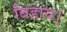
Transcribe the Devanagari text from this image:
बिहाय।